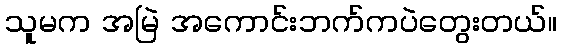
သူမက အမြဲ အကောင်းဘက်ကပဲတွေးတယ်။